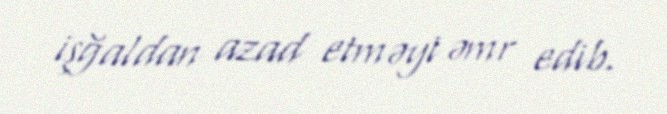
işğaldan azad etməyi əmr edib.